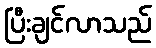
ပြီးချင်လာသည်